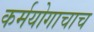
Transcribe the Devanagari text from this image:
कर्मयोगाचाच